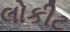
લોકીટ